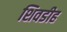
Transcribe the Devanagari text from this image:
शिवडीह